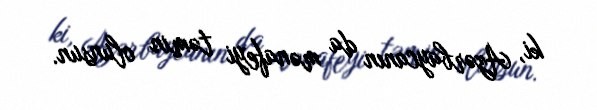
ki, Azərbaycanın da mənafeyi təmin olunsun.